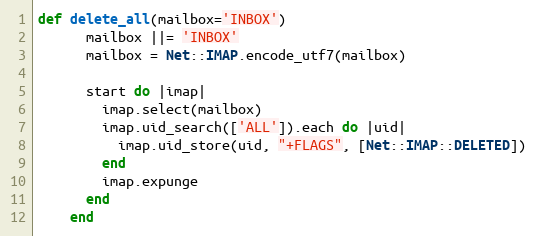
Language: Ruby
def delete_all(mailbox='INBOX')
      mailbox ||= 'INBOX'
      mailbox = Net::IMAP.encode_utf7(mailbox)

      start do |imap|
        imap.select(mailbox)
        imap.uid_search(['ALL']).each do |uid|
          imap.uid_store(uid, "+FLAGS", [Net::IMAP::DELETED])
        end
        imap.expunge
      end
    end